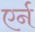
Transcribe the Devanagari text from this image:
एर्न